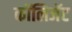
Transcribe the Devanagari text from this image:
कॉलिजॅट